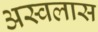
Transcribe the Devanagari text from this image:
अस्वलास